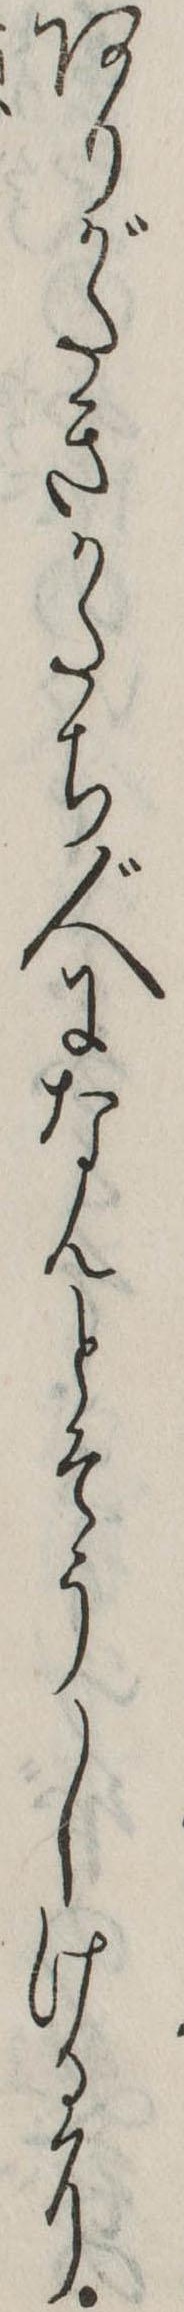
ありがたきかたち人になんとそうしけるに